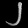
Digit: ၂